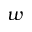
w